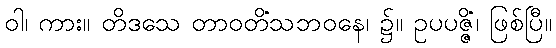
ဝါ၊ ကား။ တိဒသေ တာဝတိံသဘဝနေ၊ ၌။ ဥပပဇ္ဇိံ၊ ဖြစ်ပြီ။